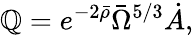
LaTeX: \mathbb{Q}=e^{-2\bar{{\rho}}}\bar{{\Omega}}^{5/3}\dot{{A}},